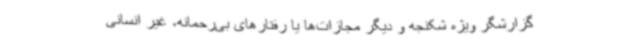
گزارشگر ویژه شکنجه و دیگر مجازات‌ها یا رفتارهای بی‌رحمانه، غیر انسانی